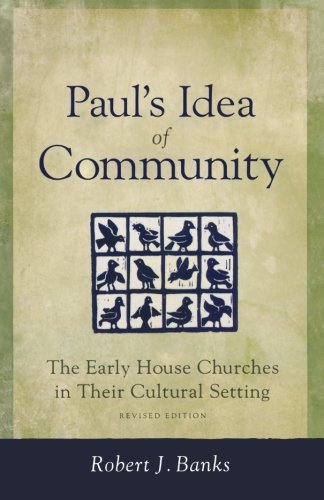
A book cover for Paul's Idea of Community: The Early House Churches in Their Cultural Setting, Revised Edition; Robert J. Banks; Christian Books & Bibles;